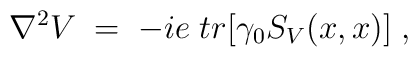
\nabla^2 V \;=\; - i e\; tr[\gamma_0 S_V(x,x)] \;,